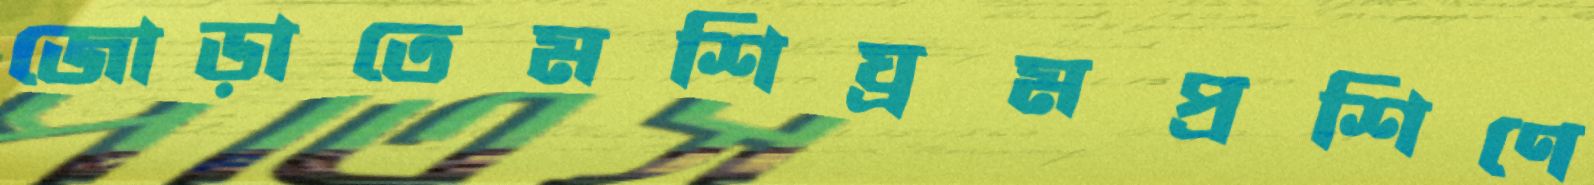
জোড়াতেমশিঘ্রমপ্রশিণে